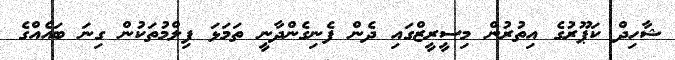
ޝާހިދް ކަޕޫރުގެ އިތުރުން މިސީރީޒްގައި ދެން ފެނިގެންދާނީ ތަމަޅަ ފިލްމުތަކުން ގިނަ ބައެއްގެ